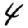
Digit: 4